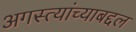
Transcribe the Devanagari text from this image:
अगस्त्यांच्याबद्दल